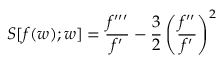
S [ f ( w ) ; w ] = \frac { f ^ { \prime \prime \prime } } { f ^ { \prime } } - \frac 3 2 \left( \frac { f ^ { \prime \prime } } { f ^ { \prime } } \right) ^ { 2 }